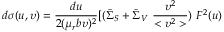
d \sigma ( u , \upsilon ) = \frac { d u } { 2 ( \mu _ { r } b \upsilon ) ^ { 2 } } [ ( \bar { \Sigma } _ { S } + \bar { \Sigma } _ { V } ~ \frac { \upsilon ^ { 2 } } { < \upsilon ^ { 2 } > } ) ~ F ^ { 2 } ( u )